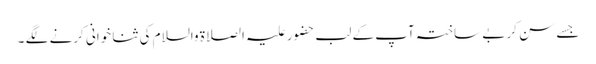
جسے سن کر بے ساختہ آپ کے لب حضور علیہ الصلاۃ والسلام کی ثنا خوانی کرنے لگے ۔